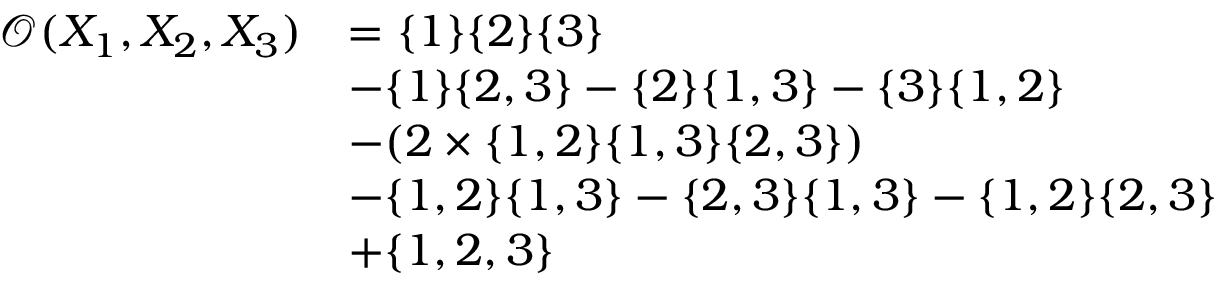
\begin{array} { r l } { \mathcal { O } ( X _ { 1 } , X _ { 2 } , X _ { 3 } ) } & { = \{ 1 \} \{ 2 \} \{ 3 \} } \\ & { - \{ 1 \} \{ 2 , 3 \} - \{ 2 \} \{ 1 , 3 \} - \{ 3 \} \{ 1 , 2 \} } \\ & { - ( 2 \times \{ 1 , 2 \} \{ 1 , 3 \} \{ 2 , 3 \} ) } \\ & { - \{ 1 , 2 \} \{ 1 , 3 \} - \{ 2 , 3 \} \{ 1 , 3 \} - \{ 1 , 2 \} \{ 2 , 3 \} } \\ & { + \{ 1 , 2 , 3 \} } \end{array}